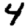
Digit: 4